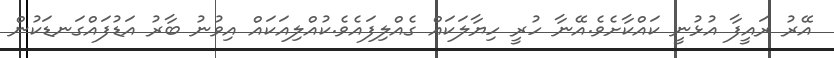
އޭރު ރައީފާ އުޅުނީ ކައްކާށެވެ.އޭނާ ހުރީ ހިޔާލަކައް ގެއްލިފައެވެ.ކުއްލިއަކައް އިވުނު ބާރު އަޑުފައްގަނޑަކުން